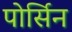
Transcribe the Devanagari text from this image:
पोर्सिन